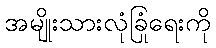
အမျိုးသားလုံခြုံရေးကို